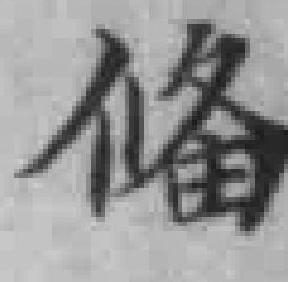
偹